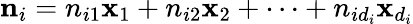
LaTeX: {\mathbf n}_{i}=n_{i1}{\mathbf x}_{1}+n_{i2}{\mathbf x}_{2}+\cdots+n_{id_{i}}{\mathbf x}_{d_{i}}